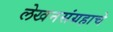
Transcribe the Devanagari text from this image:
लेखनसंग्रहाचे